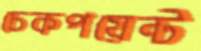
চেকপয়েন্ট